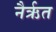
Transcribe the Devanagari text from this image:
नैर्ऋत